Vital statistics of India. Vol. IV, Annual returns from 1871 to 1876. British Army of India, Native Army and jails of Bengal
Year: 1871
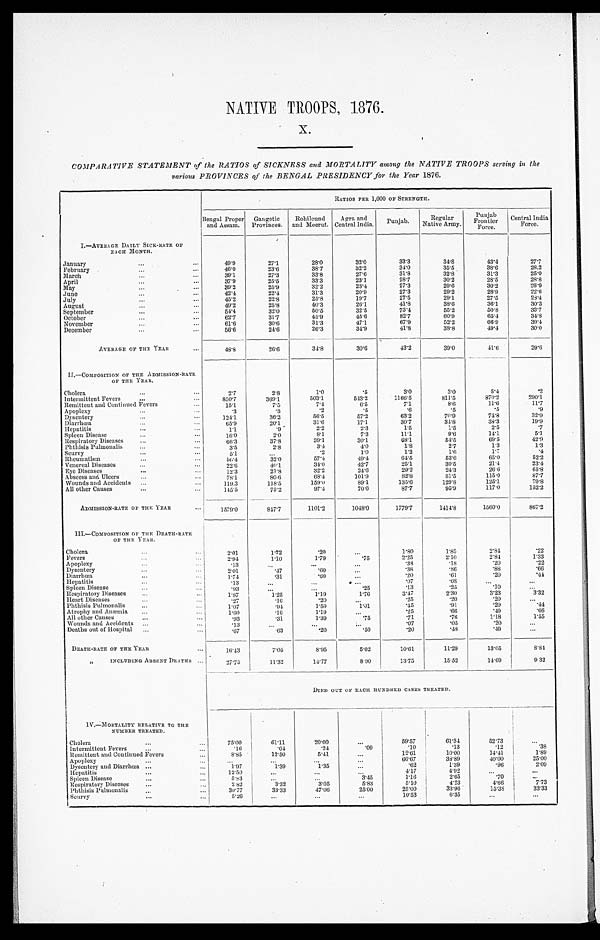
NATIVE TROOPS, 1876.
X.
COMPARATIVE STATEMENT of the RATIOS of SICKNESS and MORTALITY among the NATIVE TROOPS serving in the
various PROVINCES of the BENGAL PRESIDENCY for the Year 1876.
RATIOS PER 1,000 OF STRENGTH.
Bengal Proper
and Assam. Gangetic
Provinces. Rohilcund
and Meerut. Agra and
C e n t r a l I n d i a
Punjab.
Regular
Native Army.
Punjab
Frontier Force.
C e n t r a l I n d i a
Force.
I. —AVERAGE DAILY SICK-RATE OF
EACH MONTH.
January
4 9 . 9
27.1
28.0
3 2 . 0
3 3 . 3
3 4 . 8
4 3 . 4
27. 7
February
4 6 . 0
23.6
38. 7
3 2 . 2
3 4 . 0
3 5 . 5
3 8 . 6
28.2
March
3 9 . 1
27.3
33.8
2 7 . 6
3 1 . 8
3 2 . 8
3 1 . 3
25. 0
April
3 7 . 9
25.5
33.3
2 3 . 1
2 8 . 7
3 0 . 2
2 8 . 5
28. 8
May
3 9 . 2
25.9
32. 2
2 3 . 4
2 7 . 3
2 9 . 6
3 0 . 2
26. 9
June
4 2 . 4
22.4
31.3
2 0 . 9
2 7 . 3
2 9 . 2
2 8 . 9
22. 6
July
4 5 . 2
22.8
2 5 . 8
1 9 . 7
2 7 . 5
2 9 . 1
2 7 . 5
28. 4
August
4 9 . 2
25.8
40. 3
2 6 . 1
41. 8
3 8 . 6
3 6 . 1
30. 3
September
5 4 . 4
32.0
50. 5
3 2 . 5
73. 4
5 5 . 2
5 0 . 8
33. 7
October
6 2 . 7
31.7
45. 9
4 5 . 6
8 2 . 7
6 0 . 9
6 5 . 4
34. 8
November
6 1 . 6
30.6
3 1 . 3
47.1
6 7 . 9
5 2 . 2
6 6 . 9
39. 4
December
5 6 . 6
24.6
2 6 . 3
3 4 . 9
4 1 . 8
3 8 . 8
4 9 . 4
30. 0
AVERAGE OF THE. YEAR
4 8 . 8
26.6
34. 8
3 0 . 6
43. 2
3 9 . 0
4 1 . 6
29. 6
II.—COMPOSITION OF THE ADMISSION-RATE.
OF THE YEAR.
Cholera
2 . 7
2 . 8
1.0
.5
3 . 0
3 . 0
5.4
.2
Intermittent Fevers
8 5 0 . 7
369.1
503. 1
5 4 3 . 2
1166. 5
811. 5
8 7 0 . 2
290. 1
Remittent and Continued Fevers
1 5 . 1
7 . 5
7 . 4
6.5
7 . 1
8 . 6
1 1 . 6
11. 7
Apoplexy
.3
.3
.2
.5
.6
.5
. 5
.9
Dysentery
1 2 4 . 1
36.2
5 6 . 5
5 7 . 2
6 3 . 2
7 0 . 9
7 4 . 8
32. 9
Diarrhœa
6 5 . 9
20.1
3 1 . 6
1 7 . 1
3 0 . 7
3 4 . 8
3 8 . 3
19.9
Hepatitis
1.1
.9
2 . 2
2 . 3
1 . 5
1 . 5
2 . 5
.7
Spleen Disease
1 6 . 0
2.0
8 . 1
7 . 3
11.1
9 . 6
1 4 . 1
5 . 1
Respiratory Diseases
6 6 . 3
37.8
3 9 . 1
3 0 . 1
68. 1
5 4 . 5
6 9 . 5
42. 9
Phthisis Pulmonalis
3 . 5
2 . 8
3 . 4
4 . 0
1 . 8
2 . 7
1 . 3
1 . 3
Scurvy
5 . 1
.2
1 . 0
1 . 2
1 . 6
1.7
.4
Rheumatism
5 6 . 4
32.0
57. 4
4 9 . 4
6 4 . 5
5 3 . 6
6 5 . 0
52. 2
Venereal Diseases
2 2 . 6
40.1
3 4 . 0
4 2 . 7
2 5 . 1
3 0 . 5
2 1 . 4
23. 4
Eye Diseases
1 2 . 3
21.8
3 2 . 2
2 4 . 6
2 9 . 2
2 4 . 3
2 6 . 6
65. 8
Abscess and Ulcers
7 8 . 1
80.6
68. 1
1 0 1 . 9
8 2 . 8
8 1 . 5
1 1 5 . 0
87. 7
Wounds and Accidents
119.3
118.5
159. 0
8 9 . 1
135. 6
129. 8
1 2 5 . 1
79. 8
All other Causes
1 4 5 . 5
75.2
97. 4
7 0 . 6
8 7 . 7
9 5 . 9
1 1 7 . 0
152. 2
ADMISSION-RATE OF THE YEAR
1 5 7 9 . 0
847.7
1101. 2
1048. 0
1779. 7
1414. 8
1 5 6 0 . 0
867. 2
III.—COMPOSITION OF THE DEATH-RATE
OF THE YEAR.
Cholera
2 . 0 1
1.72
.20
1.80
1 . 8 5
2 . 8 4
.22
Fevers
2 . 9 4
1.10
1 . 7 9
.75
2 . 2 5
2.10
2 . 8 4
1. 33
Apoplexy
. 1 3
. 3 8
.18
.20
.22
Dysentery
2 . 0 1
.47
.60
.38
.86
.88
.66
Diarrhœa
1.74
.31
.60
.20
.61
.20
. 44
Hepatitis
.13
.07
. 0 8
Spleen Disease
.93
.25
.13
.25
.10
Respiratory Diseases
1. 87
1.25
1. 19
1 . 7 6
3 . 4 7
2 . 3 0
3 . 2 3
3. 32
Heart Diseases
. 2 7
. 16
.20
.25
.20
.20
Phthisis Pulmonalis
1.07
.94
1 . 5 9
1 . 0 1
.45
.91
.20
.44
Atrophy and Anæmia
1. 60
.16
1 . 1 9
.25
.66
.49
.66
All other Causes
.93
.31
1.39
.75
.71
. 7 6
1.18
1. 55
Wounds and Accidents
. 1 3
.07
.05
.20
Deaths out of Hospital
. 6 7
.63
. 2 0
.50
.20
. 4 8
. 4 9
DEATH-RATE OF THE YEAR.
16. 43
7. 05
8 . 9 5
5 . 0 2
10. 61
11. 29
1 3 . 0 5
8. 84
„ INCLUDING ABSENT DEATHS
27. 75
11.32
14. 77
8. 90
13. 75
15. 52
1 4 . 6 9
9. 32
DIED OUT OF EACH HUNDRED CASES TREATED.
I V . — M O R T A L I T Y R E L A T I V E T O T H E NUMBER TREATED.
Cholera
75. 00
61.11
20. 00
59. 57
61. 34
52.73
Intermittent Fevers
.16
. 04
.24
.09
.10
. 1 3
.12
.38
Remittent and Continued Fever
8 . 8 5
12.50
5 . 4 1
12. 61
10. 00
14. 41
1.89
Apoplexy
66.67
38. 89
40. 00
25.00
Dys ent er y and Di ar r hœa
1. 97
1. 39
1 . 3 5
.62
1. 39
.96
2.09
Hepatitis
12. 50
4 . 1 7
4. 92
Spleen Disease
5. 83
3. 45
1.16
2. 65
.70
Respiratory Diseases
2. 82
3.32
3 . 0 5
5. 83
5.10
4. 23
4 . 6 6
7.73
Phthisis Pulmonalis
30. 77
33.33
47. 06
25.00
25. 00
33. 96
15. 38
33.33
Scurvy
5. 26
10. 53
6. 35